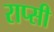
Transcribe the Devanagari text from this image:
राप्सी